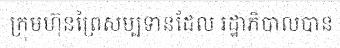
ក្រុមហ៊ុនព្រៃសម្បទានដែល រដ្ឋាភិបាលបាន